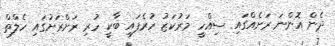
ދެން އޮންނަ ރަށެއްގައި ސިއްހީ މަރުކަޒު ހުރެފައި ބާކީ ހުރި ރަށްރަށުގައި ހެލްތް